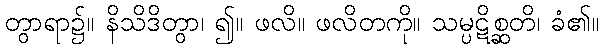
တွာရာ၌။ နိသိဒိတွာ၊ ၍။ ဖလိ။ ဖလိတကို။ သမ္ပဋိစ္ဆတိ၊ ခံ၏။